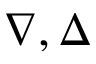
\nabla , \Delta